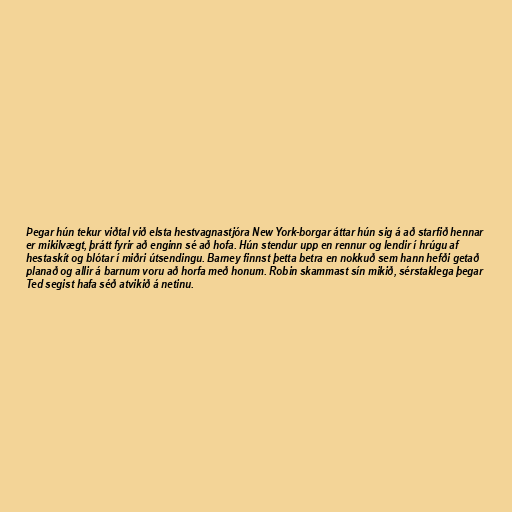
Þegar hún tekur viðtal við elsta hestvagnastjóra New York-borgar áttar hún sig á að starfið hennar
er mikilvægt, þrátt fyrir að enginn sé að hofa. Hún stendur upp en rennur og lendir í hrúgu af
hestaskít og blótar í miðri útsendingu. Barney finnst þetta betra en nokkuð sem hann hefði getað
planað og allir á barnum voru að horfa með honum. Robin skammast sín mikið, sérstaklega þegar
Ted segist hafa séð atvikið á netinu.